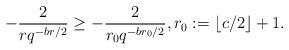
LaTeX: \begin{align*}-\frac{2}{rq^{-br/2}} \geq -\frac{2}{r_0q^{-br_0/2}}, r_0 := \lfloor c/2 \rfloor + 1.\end{align*}